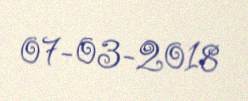
07-03-2018